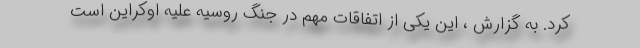
کرد. به گزارش ، این یکی از اتفاقات مهم در جنگ روسیه علیه اوکراین است